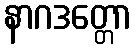
နာဂဒတ္တော